Vital statistics of India. Vol. IV, Annual returns from 1871 to 1876. British Army of India, Native Army and jails of Bengal
Year: 1871
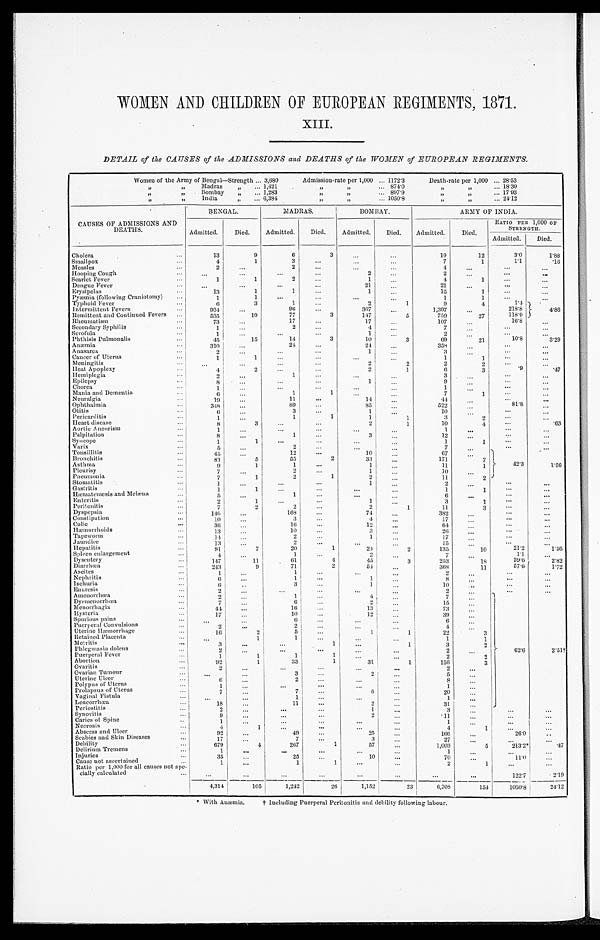
WOMEN AND CHILDREN OF EUROPEAN REGIMENTS, 1871.
XIII.
DETAIL of the CAUSES of the ADMISSIONS and DEATHS of the WOMEN of EUROPEAN REGIMENTS.
Women of the Army of Bengal—Strength 3,680
Admission-rate per 1,000
1172.3
Death-rate per 1,000
28.53
” ” Madras ” 1,421
” ” 874.0
” ” 1 8 . 3 0
” ” Bombay ” 1,283
” ” 897.9
” ” 1 7 . 9 3
” ” India ” 6,384
” ” 1050.8
” ” 2 4 . 1 2
CAUSES OF ADMISSIONS AND
D E A T H S .
BENGAL.
MADRAS.
BOMBAY.
ARMY OF INDIA.
Admitted.
Died.
Admitted.
Died.
Admitted.
Died.
Admitted.
Died.
RATIO PER 1, 000 OF STRENGTH.
Admitted.
D i e d .
Cholera
13
9
6
3
. . .
. . .
19
12
3.0
1.88
Smallpox
4
1
3
. . .
. . .
. . .
7
1
1.1
.16
Measles
2
...
2
. . .
. . .
. . .
4
. . .
. . .
. . .
Hooping Cough
. . .
. . .
. . .
. . .
2
. . .
2
. . .
. . .
. . .
Scarlet Fever
1
1
2
...
1 ...
4
1 ...
. . .
Dengue Fever
. . .
. . .
. . .
. . .
21
. . .
21
. . .
...
. . .
Erysipelas
1 3 . .
1
1
. . .
1
. . .
15
1 ...
. . .
Pyæmia (following Craniotomy)
1
1
. . .
. . .
. . . ...
1
1
. . .
. . .
Typhoid Fever
6
3
1
. . .
2
1
9
4
1.4
4 . 8 6
Intermittent Fevers
934
...
9 6
...
367
. . .
1,397
. . .
218.8
Remittent and Continued Fevers
535
19
77
3
147
5
759
2 7
118.9
Rheumatism
73
...
17
...
17
. . .
107
. . .
16.8
. . .
Secondary Syphilis
1
. . .
2
. . .
4
. . .
7
. . .
. . .
. . .
Scrofula
1
. . .
. . .
. . .
1 ...
2
. . . ...
. . .
Phthisis Pulmonalis
45
••• 15
14
3
10
3
69
2 1
10.8
3 . 2 9
Anæmia
310
. . .
24
. . .
2 4
. . .
358
. . .
. . .
. . .
Anasarea
2
...
...
...
1 ...
3
. . . ...
• . . .
Cancer of Uterus
1
1
. . .
. . .
. . . ...
1
1
...
. . .
Meningitis
. . .
. . .
. . .
. . .
2
2
2 2
. . .
. . .
Heat Apoplexy
4
2
. . .
. . .
2
1
6
3
. 9
. 4 7
Hemiplegia
2
. . .
1
. . .
. . .
. . .
3
. . .
. . .
. . .
Epilepsy
8
. . .
. . .
...
1
. . .
9
. . .
. . .
. . .
Chorea
1
. . .
. . .
. . .
. . .
. . .
1
. . .
. . .
. . .
Mania and Dementia
6
. . .
1
1
. . .
. . .
7
1 ...
. . .
Neuralgia
1 9
. . .
11
. . .
14
. . .
4 4
. . . ...
. . .
Ophthalmia
348
. . .
89
. . .
85
. . .
522
. . .
8 1 . 8
. . .
Otitis
6
. . .
3
. . .
1 ...
10
. . .
. . .
. . .
Pericarditis
1
. . .
1
1
1
. . .
3
2 ...
. . .
Heart disease
8
3
. . .
. . .
2
1
10
4
. . .
.63
Aortic Aneurism
1
...
...
. . .
. . .
. . .
1
. . .
. . .
. . .
Palpitation
8
...
1
. . .
3 ...
12
. . . ...
. . .
Syncope
1
1
. . .
. . .
. . .
...
1
1
. . .
. . .
Varix
5
. . .
2
...
. . .
. . .
7
. . .
. . .
. . .
Tonsillitis
45
. . .
12
. . .
10 ...
6 7
. . . 42. 3
1.56
Bronchitis
83
5
55
2
33
. . .
171
7
Asthma
9
1
1
. . .
1
. . .
1 1
1
Pleurisy
7
. . .
2
. . .
1
. . .
1 0
. . .
Pneumonia
7
1
2
1
2
. . .
11
2
Stomatitis
1
. . .
. . .
. . .
1 ...
2
. . .
. . .
. . .
Gastritis
1
1
. . .
. . .
. . .
...
1
1 ...
. . .
Hæmatemesis and Melæna
5
. . .
1
. . .
. . .
. . .
6
. . .
. . .
. . .
Enteritis
2
1
. . .
. . .
1
. . .
3
1
. . .
. . .
Peritonitis
7
2
2
...
2
1
1 1
3 ...
. . .
Dyspepsia
1 4 6
. . .
168
. . .
7 4
. . .
3 8 2
. . .
. . .
. . .
Constipation
1 0
...
3
. . .
4 . . .
1 7
. . . ...
. . .
Colic
3 6
...
16
. . .
1 2
. . .
6 4
. . .
. . .
. . .
Hæmorrhoids
13
. . .
10
...
3
. . .
26
. . .
. . .
. . .
Tapeworm
14
. . .
2
...
1
. . .
17
. . . ...
. . .
Jaundice
13
. . .
2
...
. . .
. . .
15
. . .
. . .
. . .
Hepatitis
9 1
7 20
1
2 4 2
1 3 5
10
21.2
1 . 5 6
Spleen enlargement
4
. . .
1
. . .
2 ...
7
. . .
1.1
. . .
Dysentery
1 4 7
11
61
4 45
3
2 5 3
1 8
3 9 . 6
2 . 8 2
Diarrhœa
2 4 3
9
71
2
5 4...
3 6 8
1 1
5 7 . 6
1 . 7 2
Aseites
1
. . .
1
. . .
. . .
...
2
. . .
. . .
. . .
Nephritis
6
. . .
1
...
1
. . .
8
. . .
. . . . . .
Ischuria
6
. . .
3
. . .
1 ...
1 0
. . . ...
. . .
E n u r e s i s
2
. . .
. . .
. . .
. . .
. . .
2
. . . ...
. . .
Amenorrhœa
2
. . .
1
...
4 ...
7
. . .
6 2 . 6
2 . 5 1 †
Dysmenorrhœa
7
. . .
6
. . .
2 ...
15
. . .
Menorrhagia
4 4
. . .
1 6 . . .
13 ...
73
. . .
Hysteria
17
. . .
10
. . .
12
. . .
39
. . .
Spurious pains
. . .
. . .
6
. . .
. . .
...
6
. . .
Puerperal Convulsions
2
. . .
2
...
. . .
. . .
4
. . .
Uterine Hæmorrhage
16
2
5
. . .
1
1
22
3
Retained Placenta
. . .
1
1
...
. . .
. . .
1
1
Metritis
3
. . .
. . .
1
. . .
1
3
2
Phlegmasia doleus
2
. . .
. . .
. . .
. . .
. . .
2
. . .
Puerperal Fever
1
1
1
1
. . .
. . .
2
2
Abortion
92
1
33
1
3 1
1
1 5 6
3
Ovaritis
2
. . .
. . .
. . .
. . .
. . .
2
. . .
Ovarian Tumour
. . .
. . .
3
. . .
2
. . .
5
...
Uterine Ulcer
6
. . .
2
. . .
. . . ...
8
. . .
Polypus of Uterus
1
. . .
. . .
. . .
. . . ...
1
. . .
Prolapsus of Uterus
7
. . .
7
. . .
6
. . .
2 0
. . .
Vaginal Fistula
. . .
. . .
1
. . .
. . .
. . .
1
. . .
Leucorrhœa
1 8
. . .
1 1
. . .
2
...
3 1
. . .
P e r i o s t i t i s
2
. . .
. . .
. . .
1 ...
3
. . .
Synovitis
9
. . .
. . .
. . .
2
. . .
. 1 1
. . .
. . .
...
Caries of Spine
1
. . .
. . .
. . .
. . ....
1
. . .
. . .
. . .
Necrosis
4
1
. . .
. . .
. . . ...
4
1 ...
. . .
Abscess and Ulcer
92
. . .
4 9
. . .
2 5
. . .
1 6 6
. . .
. . .
. . .
Scabies and Skin Diseases
17
. . .
7
. . .
3 ...
2 7
. . .
26.0
. . .
Debility
679
4
267
1
57 ...
1 , 0 0 3
5
2 1 3 . 2 *
.47
Delirium Tremens
1
...
. . .
. . .
. . .
. . .
1
. . .
. . .
. . .
Injuries
35
. . .
25
. . .
10
. . .
70
. . .
1 1 . 0
. . .
Cause not ascertained
1
. . .
1
1
. . .
. . .
2
1
. . .
. . .
Ratio per 1,000 for all causes not spe-
cially calculated
. . .
. . .
. . .
. . .
. . .
. . .
. . .
. . .
1 2 2 . 7
2 . 1 9
4,314
105
1,242
26
1,152
23
6,708
1 5 4
1 0 5 0 . 8
2 4 . 1 2
* W i t h A n æ m i a .
†
I n c l u d i n g P u e r p e r a l P e r i t o n i t i s a n d d e b i l i t y f o l l o w i n g l a b o u r .